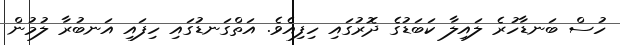
ހުސް ބަނޑާހުރެ ލައިލާ ކަބަޑުގެ ދޮރުގައި ހިފިއެވެ. އަތްގަނޑުގައި ހިފައި އަނބުރާ ލުމުން